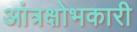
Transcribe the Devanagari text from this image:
आंत्रक्षोभकारी